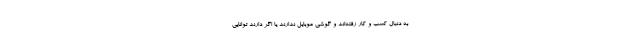
به دنبال کسب و کار رفته‌اند و گوشی موبایل ندارند یا اگر دارند توانایی